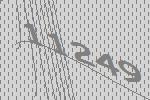
11249